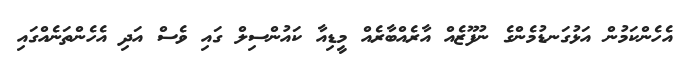
އެހެންކަމުން އަޅުގަނޑުމެންގެ ނުފޫޒެއް އާރެއްބާރެއް މީޑިއާ ކައުންސިލް ގައި ވެސް އަދި އެހެންތަނެއްގައި